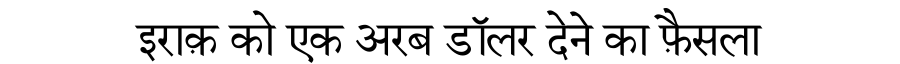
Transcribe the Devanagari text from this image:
इराक़ को एक अरब डॉलर देने का फ़ैसला